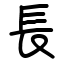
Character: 長